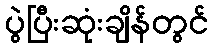
ပွဲပြီးဆုံးချိန်တွင်